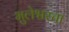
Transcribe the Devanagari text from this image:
भुलेश्वरचा